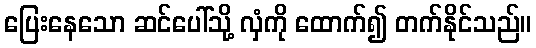
ပြေးနေသော ဆင်ပေါ်သို့ လှံကို ထောက်၍ တက်နိုင်သည်။